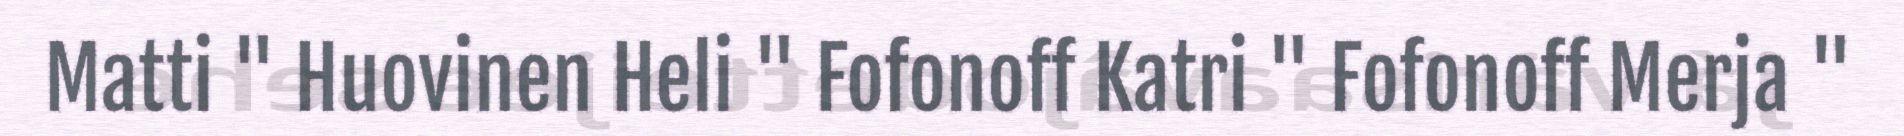
Matti " Huovinen Heli " Fofonoff Katri " Fofonoff Merja "